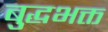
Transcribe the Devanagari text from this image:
बुद्धभक्त